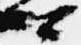
卿